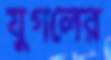
যুগলের